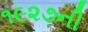
૧૯૨૭ની